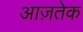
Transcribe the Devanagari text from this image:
आज़तेक